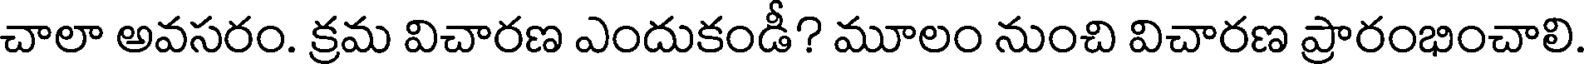
చాలా అవసరం. క్రమ విచారణ ఎందుకండీ? మూలం నుంచి విచారణ ప్రారంభించాలి